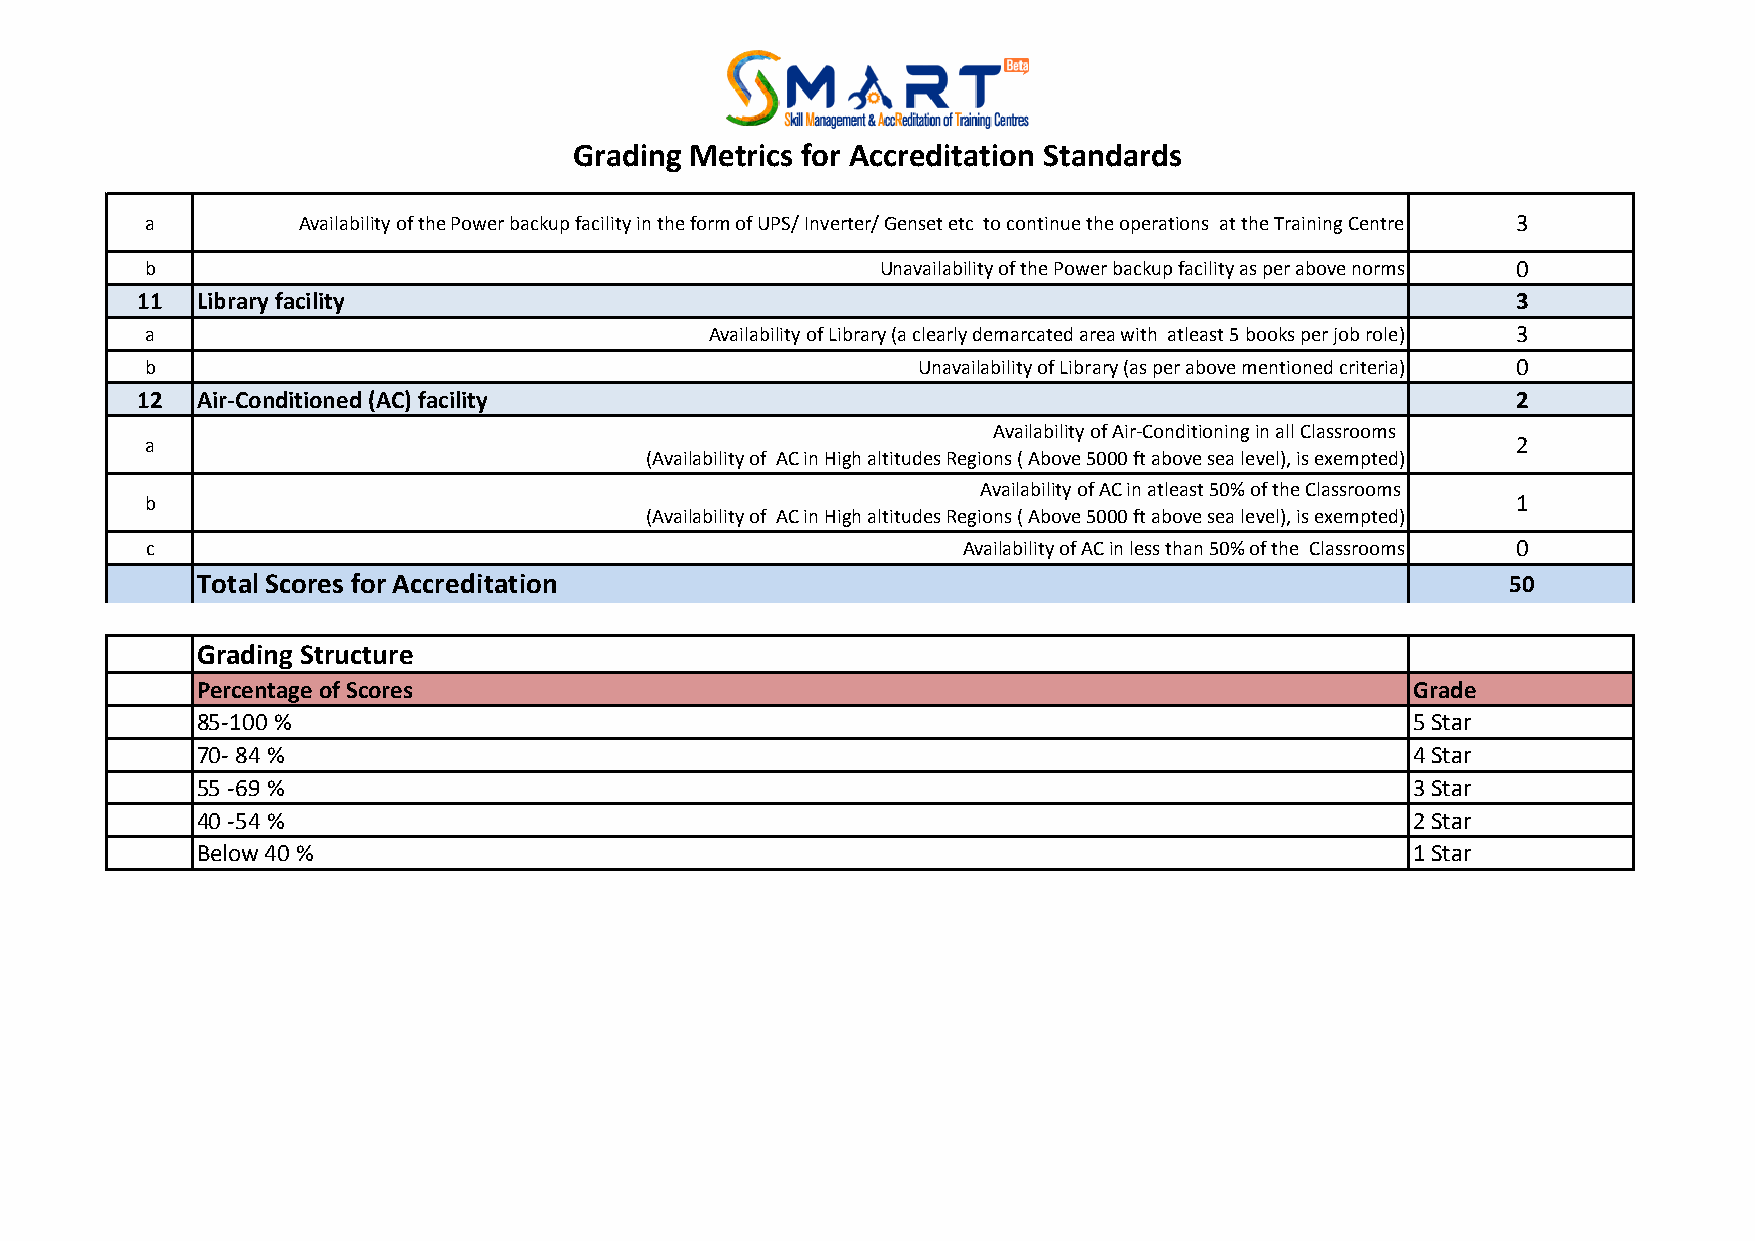
Grading Metrics for Accreditation Standards
 a         Availability of the Power backup facility in the form of UPS/ Inverter/ Genset etc to continue the operations at the Training Centre 3
 b                                               Unavailability of the Power backup facility as per above norms 0
 11  Library facility                                                                       3
 a                                    Availability of Library (a clearly demarcated area with atleast 5 books per job role) 3
 b                                                  Unavailability of Library (as per above mentioned criteria) 0
 12  Air-Conditioned (AC) facility                                                          2
 Availability of Air-Conditioning in all Classrooms
 a                                                                                         2
 (Availability of AC in High altitudes Regions ( Above 5000 ft above sea level), is exempted)
 Availability of AC in atleast 50% of the Classrooms
 b                                                                                         1
 (Availability of AC in High altitudes Regions ( Above 5000 ft above sea level), is exempted)
 c                                                     Availability of AC in less than 50% of the Classrooms 0
 Total Scores for Accreditation                                                         50
 Grading Structure
 Percentage of Scores                                                            Grade
 85-100 %                                                                        5 Star
 70- 84 %                                                                        4 Star
 55 -69 %                                                                        3 Star
 40 -54 %                                                                        2 Star
 Below 40 %                                                                      1 Star